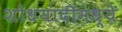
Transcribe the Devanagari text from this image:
शोधयादीमध्ये